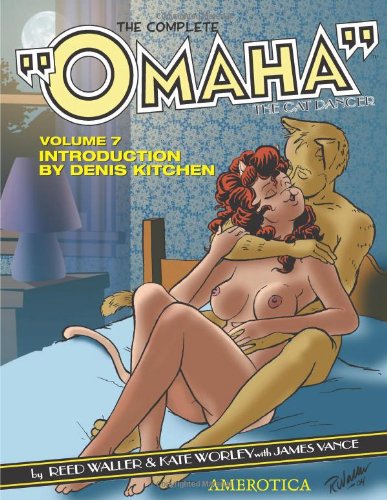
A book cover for The Complete "Omaha" the Cat Dancer: Volume 7 (v. 7); Reed Waller; Comics & Graphic Novels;